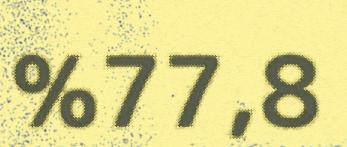
%77,8